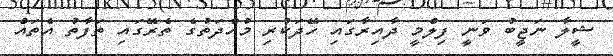
ޝީލާ ނަޖީބު ވަނީ ފިލްމީ ދާއިރާގައި ހޭދަކުރި މުއްދަތުގެ ތެރޭގައި ތަފާތު އެތައް